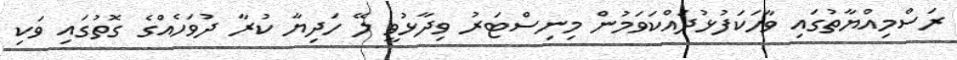
ރަސްމިއްޔާތުގައި ވާހަކަފުޅުދައްކަވަމުން މިނިސްޓަރު ވިދާޅުވީ ލޭ ހަދިޔާ ކުރާ ދުވަހެއްގެ ގޮތުގައި ވަކި